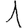
Digit: 1